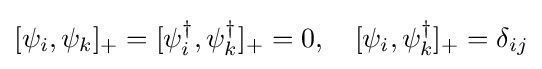
[\psi _{i},\psi _{k}]_{+}=[\psi _{i}^{\dagger },\psi _{k}^{\dagger }]_{+}=0,\quad [\psi _{i},\psi _{k}^{\dagger }]_{+}=\delta _{ij}